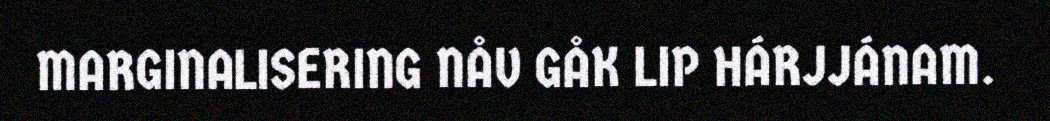
MARGINALISERING NÅV GÅK LIP HÁRJJÁNAM.